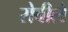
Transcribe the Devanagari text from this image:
रोबीले